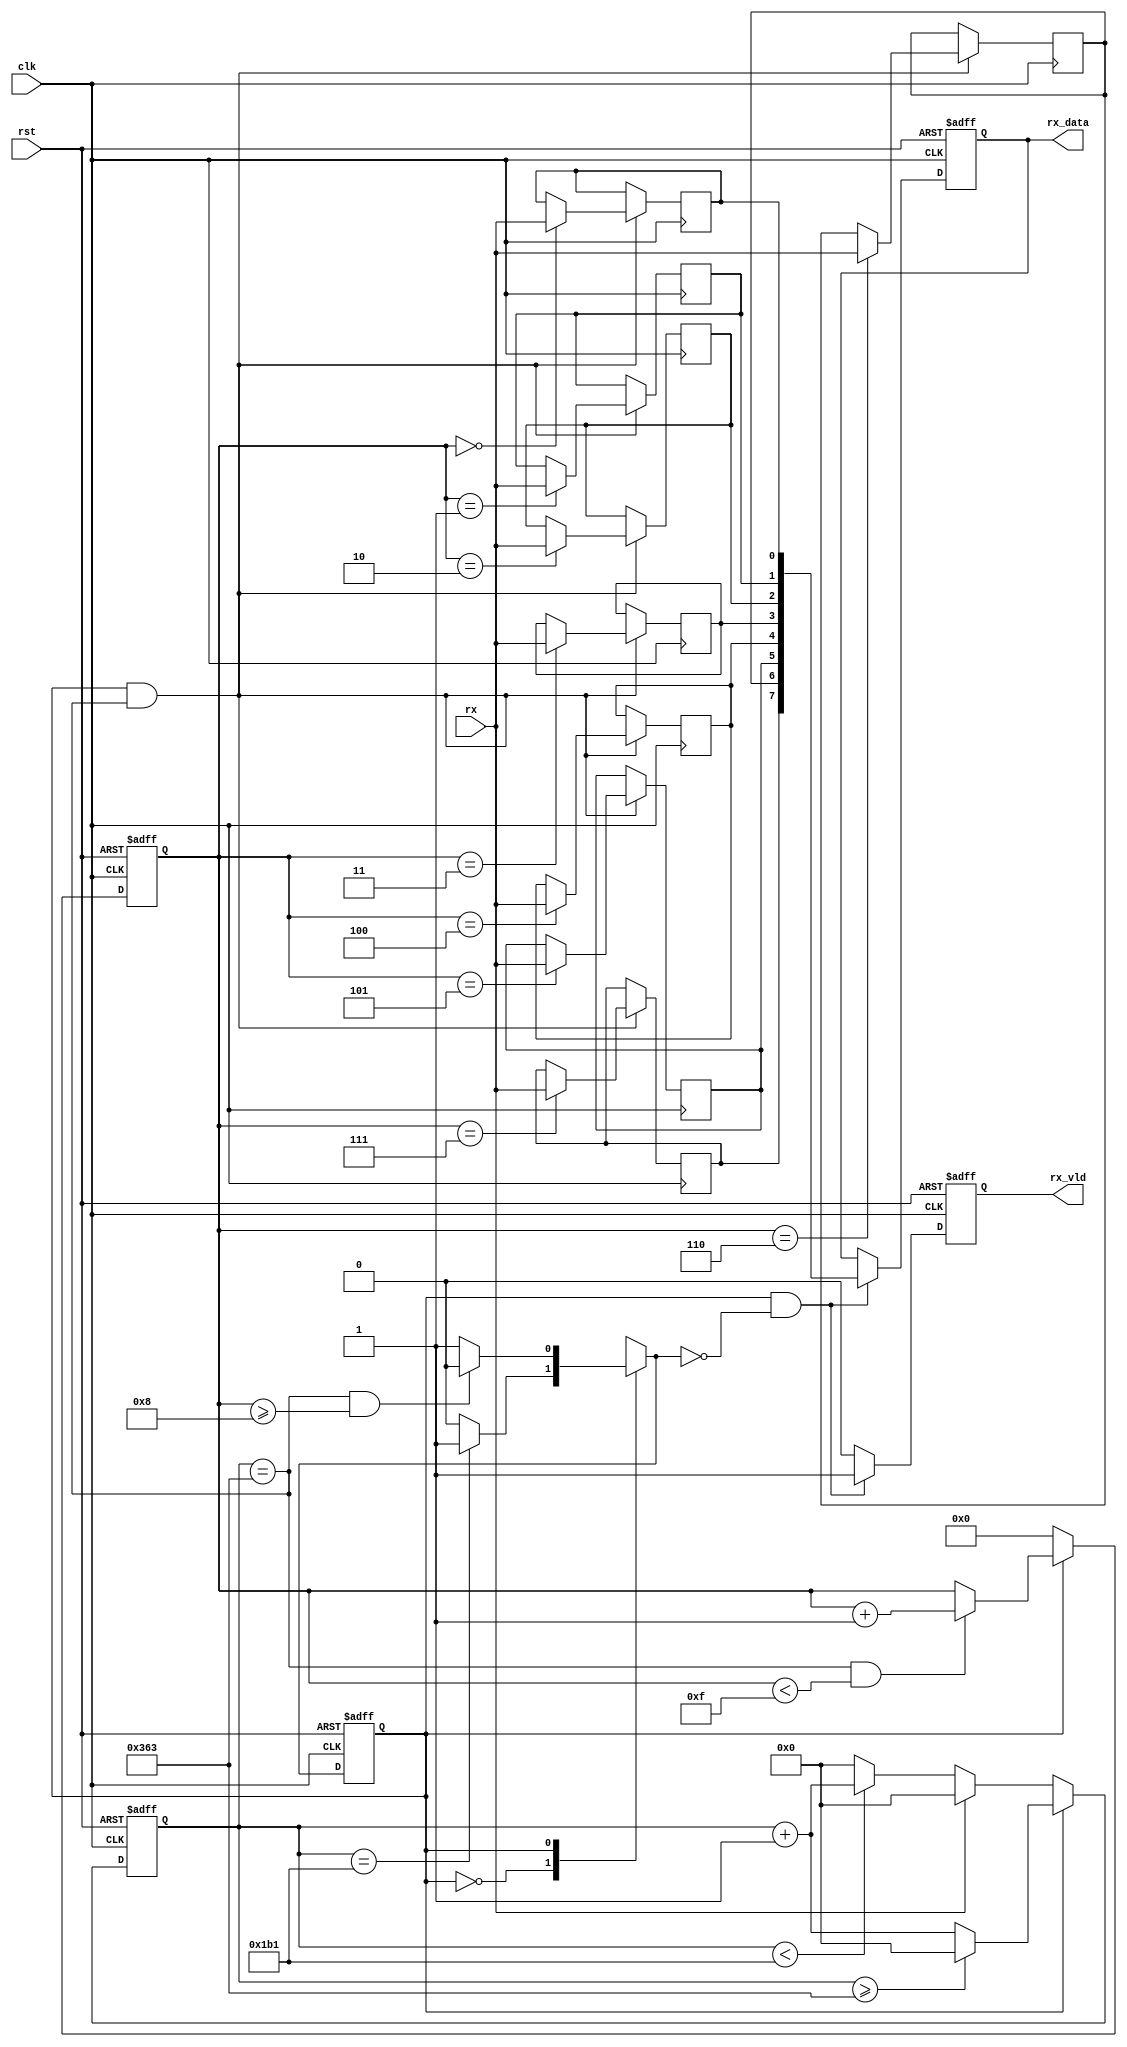
`timescale 1ns / 1ps
//////////////////////////////////////////////////////////////////////////////////
// Company: 
// Engineer: 
// 
// Design Name: 
// Module Name: rx
// Project Name: 
// Target Devices: 
// Tool Versions: 
// Description: 
// 
// Dependencies: 
// 
// Revision:
// Revision 0.01 - File Created
// Additional Comments:
// 
//////////////////////////////////////////////////////////////////////////////////

//
// rx  rx_data 
//8bitsrx_data,
//8bitrx_vld=1

module rx(
    input               clk,rst,
    input               rx,//
    output  reg         rx_vld,//
    output  reg  [7:0]  rx_data//
    );

parameter   DIV_CNT   = 10'd867;
parameter   HDIV_CNT  = 10'd433;
parameter   RX_CNT    = 4'h8;
parameter   C_IDLE    = 1'b0;//
parameter   C_RX      = 1'b1;//

reg         curr_state;
reg         next_state;
reg [9:0]   div_cnt;
reg [3:0]   rx_cnt;//
reg         rx_reg_0,rx_reg_1,rx_reg_2,rx_reg_3,rx_reg_4,rx_reg_5,rx_reg_6,rx_reg_7;
wire        rx_pulse;

always@(posedge clk or posedge rst)
begin
    if(rst)
        curr_state  <= C_IDLE;
    else
        curr_state  <= next_state;
end    

always@(*)
begin
    case(curr_state)
        C_IDLE:
            if(div_cnt==HDIV_CNT)//
                next_state  = C_RX;
            else
                next_state  = C_IDLE;
        C_RX:
            if((div_cnt==DIV_CNT)&&(rx_cnt>=RX_CNT))//8
                next_state  = C_IDLE;
            else
                next_state  = C_RX;
    endcase
end

always@(posedge clk or posedge rst)
begin
    if(rst)
        div_cnt <= 10'h0;
    else if(curr_state == C_IDLE)//
    begin
        if(rx==1'b1)//
            div_cnt <= 10'h0;
        else if(div_cnt < HDIV_CNT)//
            div_cnt <= div_cnt + 10'h1;
        else//
            div_cnt <= 10'h0;    
    end
    else if(curr_state == C_RX)//0~867
    begin
        if(div_cnt >= DIV_CNT)
            div_cnt <= 10'h0;
        else
            div_cnt <= div_cnt + 10'h1;
    end
end

always@(posedge clk or posedge rst)
begin
    if(rst)
        rx_cnt  <= 4'h0;
    else if(curr_state == C_IDLE)
        rx_cnt  <= 4'h0;
    else if((div_cnt == DIV_CNT)&&(rx_cnt<4'hF))//
        rx_cnt  <= rx_cnt + 1'b1;      
end

assign rx_pulse = (curr_state==C_RX)&&(div_cnt==DIV_CNT);//

always@(posedge clk)
begin
    if(rx_pulse)
    begin
        case(rx_cnt)
            4'h0: rx_reg_0 <= rx;
            4'h1: rx_reg_1 <= rx;
            4'h2: rx_reg_2 <= rx;
            4'h3: rx_reg_3 <= rx;
            4'h4: rx_reg_4 <= rx;
            4'h5: rx_reg_5 <= rx;
            4'h6: rx_reg_6 <= rx;
            4'h7: rx_reg_7 <= rx;
        endcase//
    end
end

always@(posedge clk or posedge rst)
begin
    if(rst)
    begin
        rx_vld  <= 1'b0;
        rx_data <= 8'h55;
    end    
    else if((curr_state==C_RX)&&(next_state==C_IDLE))//
    begin
        rx_vld  <= 1'b1;
        rx_data <= {rx_reg_7,rx_reg_6,rx_reg_5,rx_reg_4,rx_reg_3,rx_reg_2,rx_reg_1,rx_reg_0};
    end
    else
        rx_vld  <= 1'b0;
end
endmodule